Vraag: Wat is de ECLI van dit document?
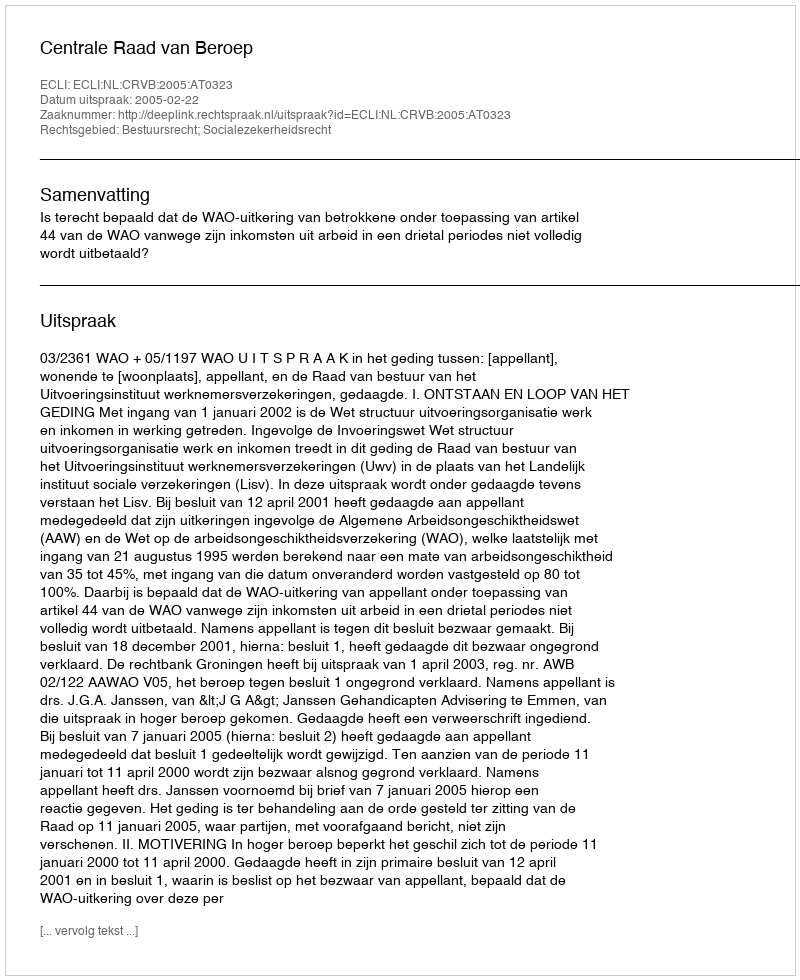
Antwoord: ECLI:NL:CRVB:2005:AT0323